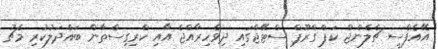
އޭއެފްސީ ޗެލެންޖް ކަޕް ގްރޫޕް ސްޓޭޖްގައި ދިވެހިރާއްޖެ އާއި ކްރިގިސްތާން ބައްދަލުކުރި މެޗު